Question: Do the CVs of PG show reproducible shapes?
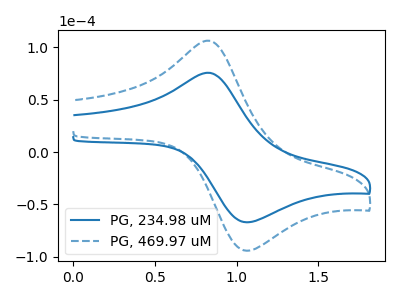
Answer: <think>The blue curve "PG, 234.98 uM" has an anodic peak at (0.85V, 75.60uA) and a cathodic peak at (1.05V, -67.05uA). The blue dashed curve "PG, 469.97 uM" has an anodic peak at (0.85V, 106.20uA) and a cathodic peak at (1.05V, -94.20uA).
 All the peaks in "PG, 234.98 uM" have a peak in "PG, 469.97 uM" at the same potential. Every peak in "PG, 234.98 uM" is lower than every peak in "PG, 469.97 uM".</think>
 <answer>All the CV's of "PG" have similar shape.</answer>
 <eval>follow_rule</eval>